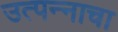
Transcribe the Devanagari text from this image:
उत्‍पन्‍नाचा